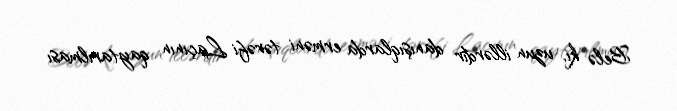
Belə ki, uzun illərdir danışıqlarda erməni tərəfi Laçının qaytarılması